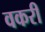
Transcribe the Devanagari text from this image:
वकरी